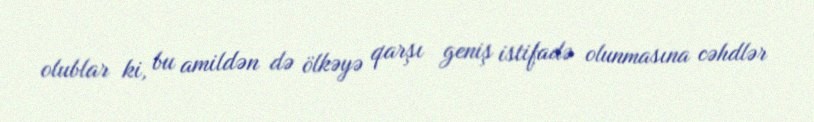
olublar ki, bu amildən də ölkəyə qarşı geniş istifadə olunmasına cəhdlər